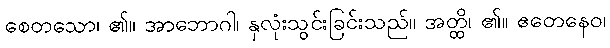
စေတသော၊ ၏။ အာဘောဂါ၊ နှလုံးသွင်းခြင်းသည်။ အတ္ထိ၊ ၏။ ဧတေနေဝ၊